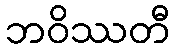
ဘဝိဿတီ